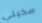
سكيني